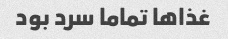
غذاها تماما سرد بود